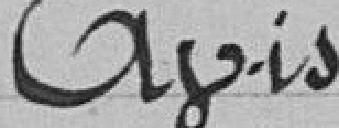
Avis